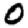
Digit: 0